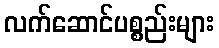
လက်ဆောင်ပစ္စည်းများ